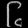
Digit: ၆